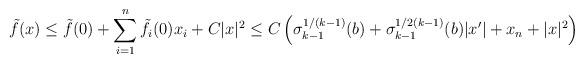
LaTeX: \begin{align*}\tilde{f} (x) \leq \tilde{f} (0) + \sum_{i=1}^n \tilde{f}_i (0) x_i + C |x|^2 \leq C \left(\sigma_{k-1}^{1/(k-1)} (b) + \sigma_{k-1}^{1/2(k-1)} (b) |x'| + x_n + |x|^2\right)\end{align*}